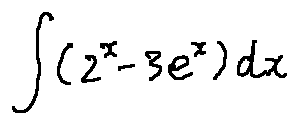
\int ( 2 ^ { x } - 3 e ^ { x } ) d x